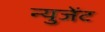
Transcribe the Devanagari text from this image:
न्युजेंट